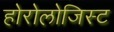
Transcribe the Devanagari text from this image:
होरोलोजिस्ट